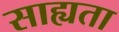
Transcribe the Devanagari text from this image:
साह्यता